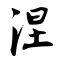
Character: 涅